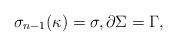
LaTeX: \begin{align*}\sigma_{n-1}(\kappa)=\sigma,\partial\Sigma=\Gamma,\end{align*}